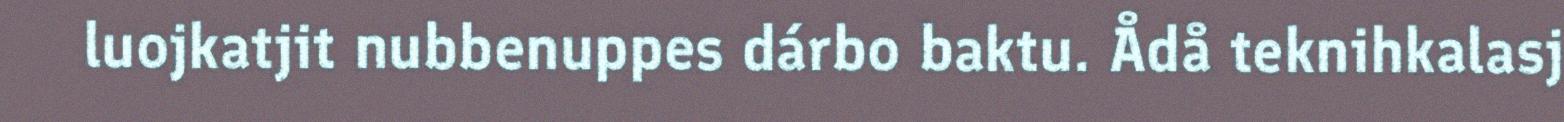
luojkatjit nubbenuppes dárbo baktu. Ådå teknihkalasj